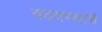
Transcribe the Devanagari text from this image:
वठवण्याचे